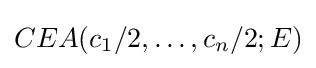
CEA(c_{1}/2,\ldots ,c_{n}/2;E)